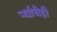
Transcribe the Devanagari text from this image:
ऱ्यांचेही